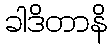
ခါဒိတာနိ